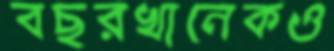
বছরখানেকও